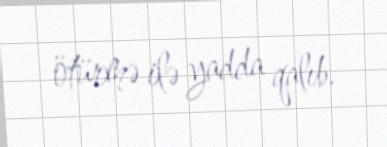
ötürmə ilə yadda qalıb.